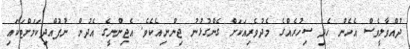
ދުއްވާލީވެސް އެހެން ހެދި ސިހުރެއްގެ މެދުވެރިއަކަށް ގެންގުޅުނު ޖިންނިއެކެވެ. އެޖިންނީގެ އެދުން ނުފުއްދިކަމަށްޓަކައި